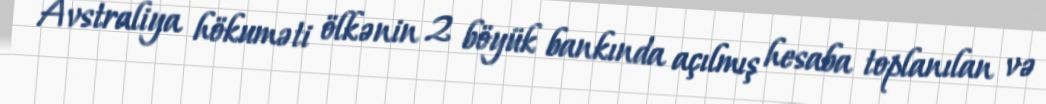
Avstraliya hökuməti ölkənin 2 böyük bankında açılmış hesaba toplanılan və